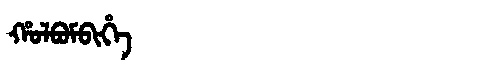
Manchu: ᡥᠣᠯᠪᠣᠮᠪᡳᡥᡝ
Romanization: HOLBOMBIHE